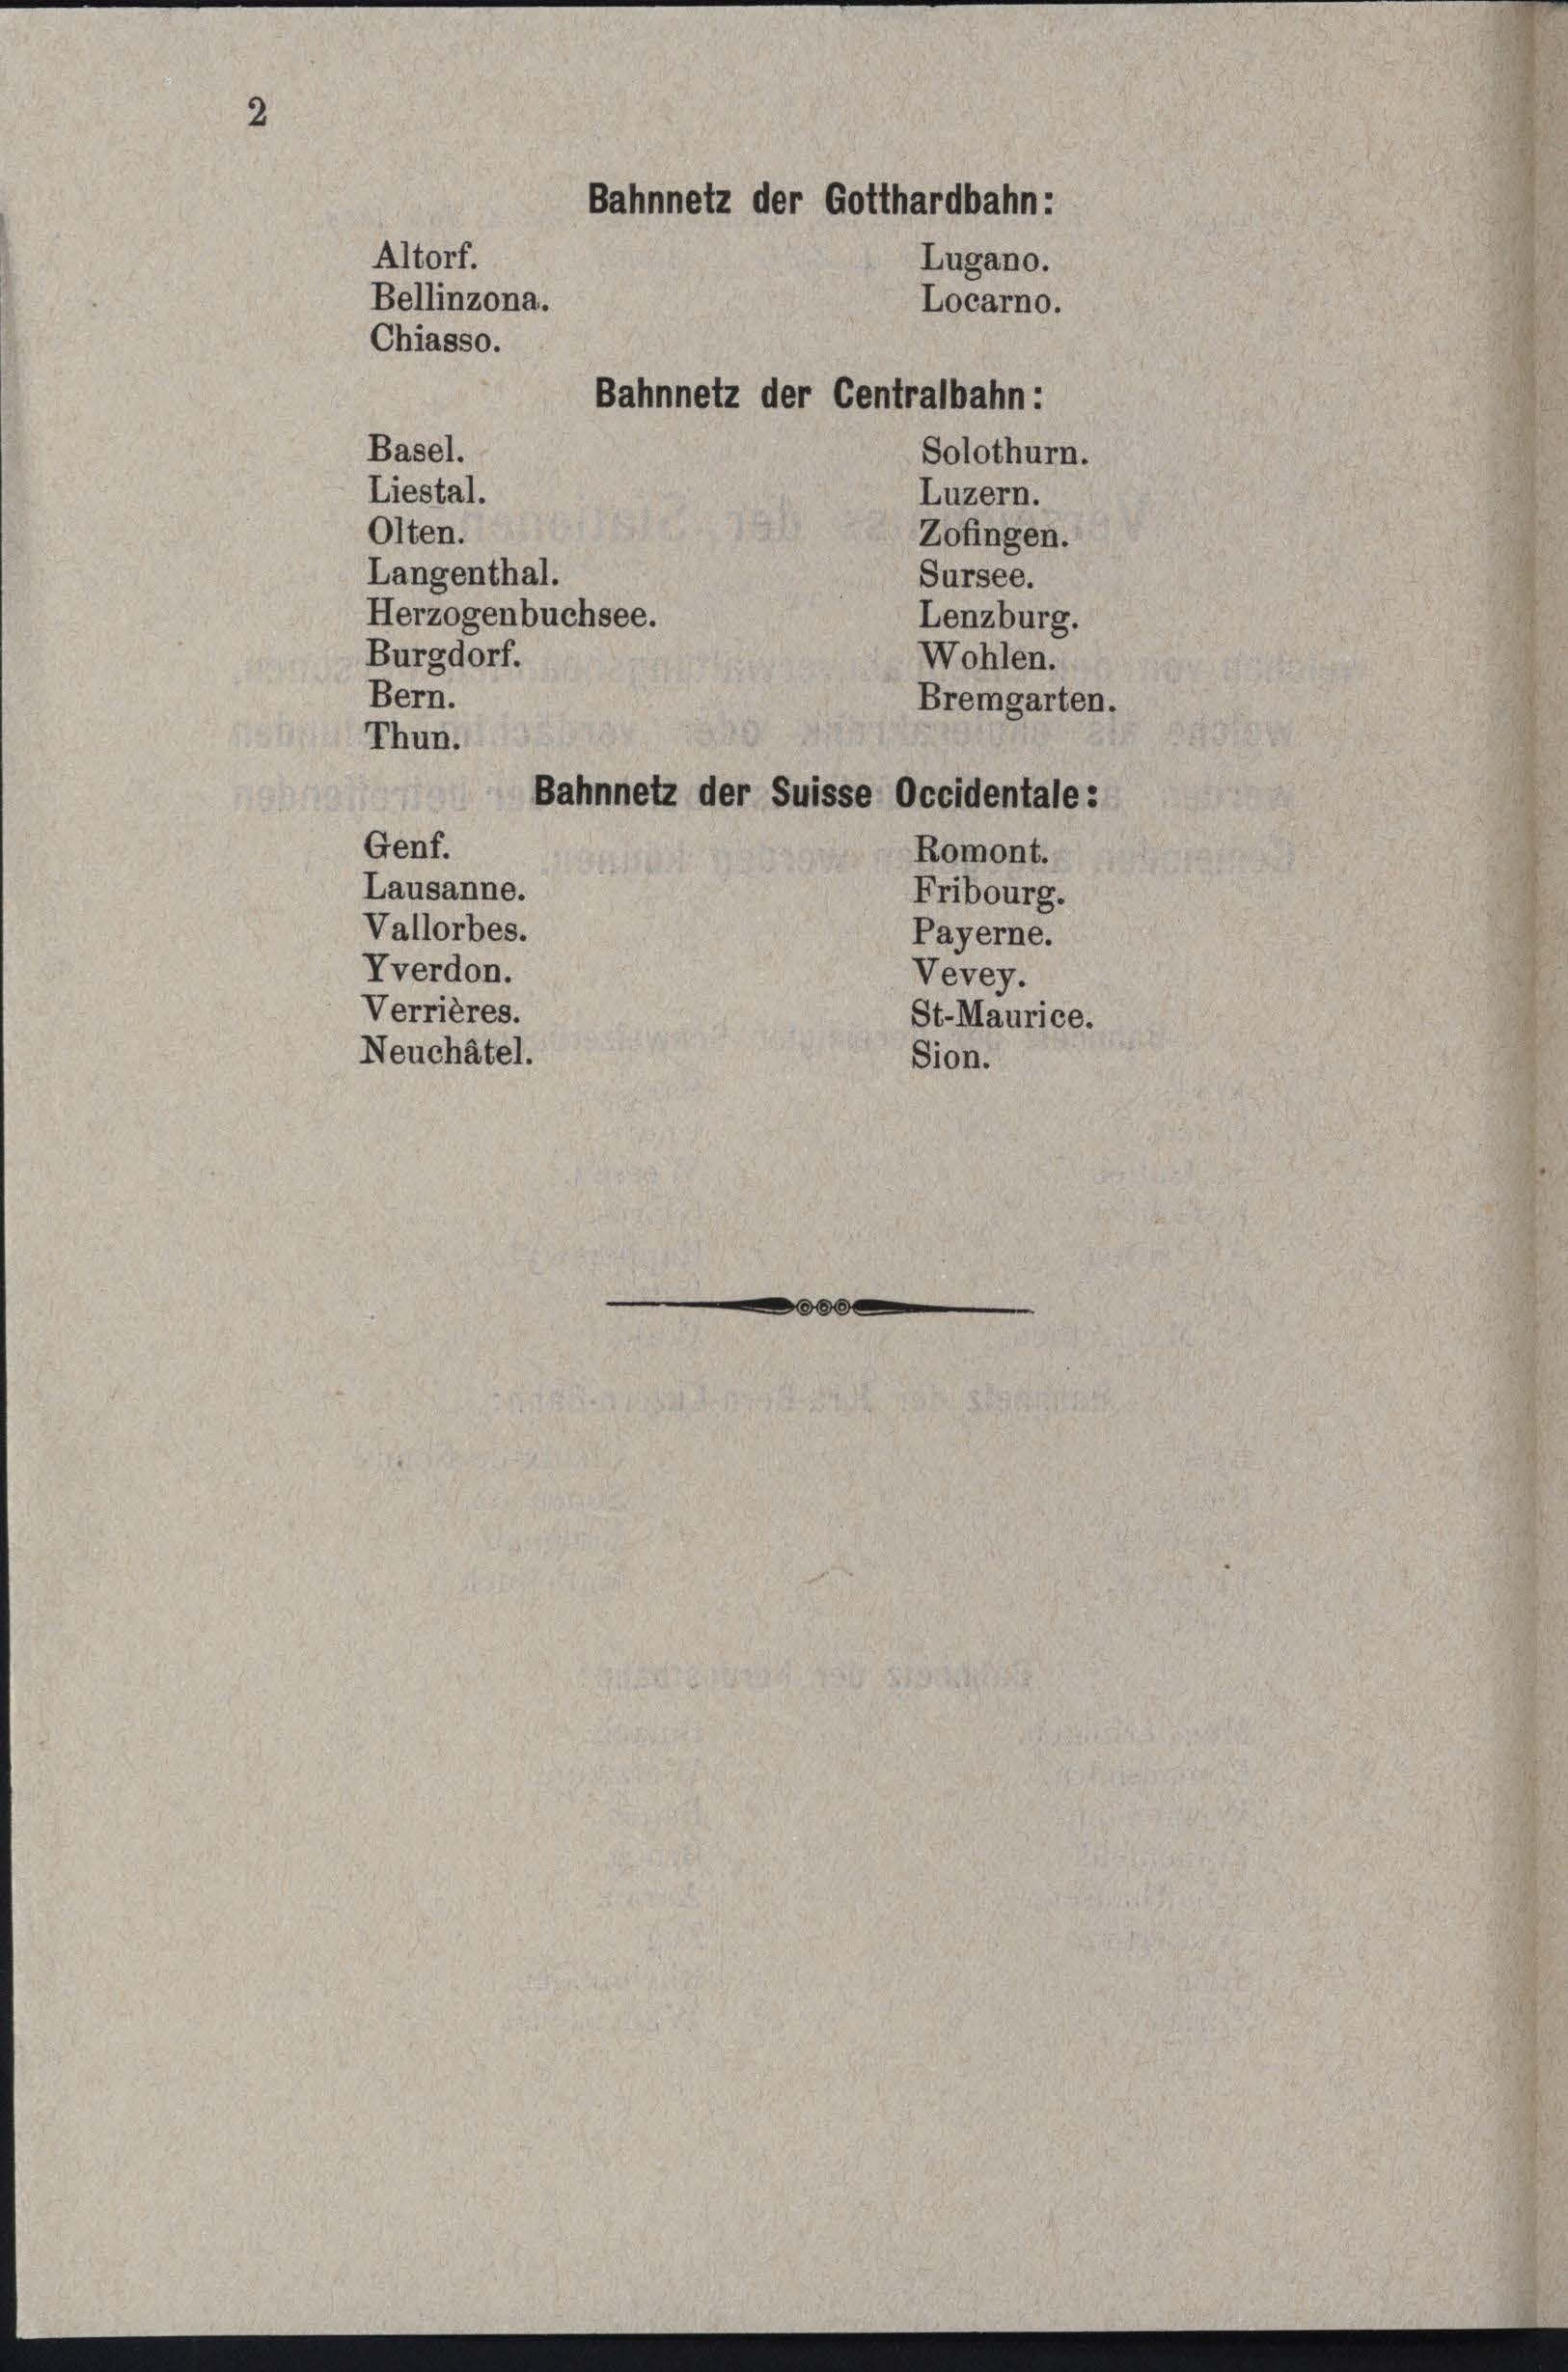
2

Bahnnetz der Gotthardbahn:
Altorf.
Lugano.
Bellinzona.
Locarno.
Chiasso.
Bahnnetz der Centralbahn:
Basel.
Solothurn.
Liestal.
Luzern.
Olten.
Zofingen.

Bern.

Thun.
Genf.

Lausanne.
Vallorbes.
Iverdon.
Verrières.
Neuchâtel.

Langenthal.
Herzogenbuchsee.
Burgdorf.

Bahnnetz der Suisse Occidentale:

Sursee.
Lenzburg.
Wohlen.
Bremgarten.
Romont.
Fribourg.
Payerne.
Vevey.
St-Maurice.
Sion.